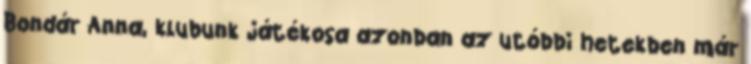
Bondár Anna, klubunk játékosa azonban az utóbbi hetekben már